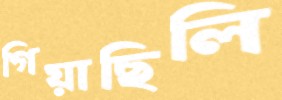
গিয়াছিলি